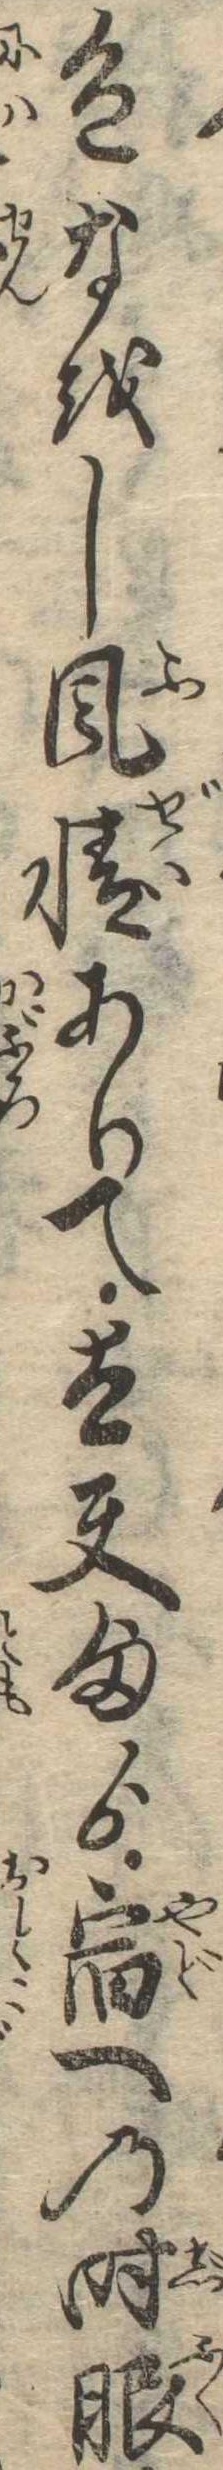
色なをし風情ありて太夫様ゟ宿への時服